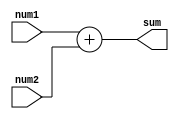
module Adder (
    input [7:0] num1, // input port for first number to be added
    input [7:0] num2, // input port for second number to be added
    output reg [8:0] sum // output port for the sum
);

always @(*) begin
    sum = num1 + num2; // perform addition operation
end

endmodule